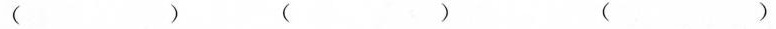
（）（）（）